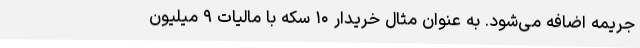
جریمه اضافه می‌شود. به عنوان مثال خریدار ۱۰ سکه با مالیات ۹ میلیون